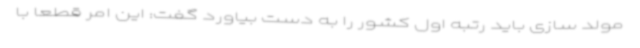
مولد سازی باید رتبه اول کشور را به دست بیاورد گفت: این امر قطعا با